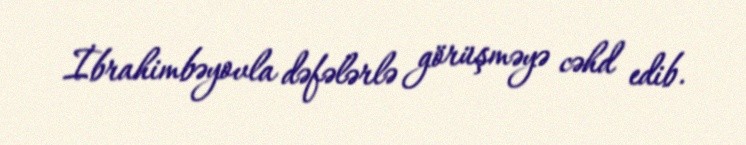
İbrahimbəyovla dəfələrlə görüşməyə cəhd edib.